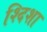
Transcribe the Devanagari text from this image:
श्दिशा